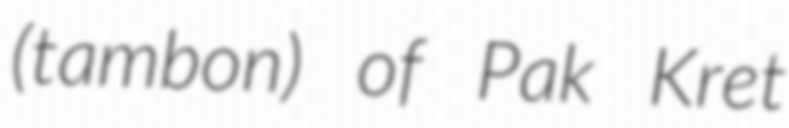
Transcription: (tambon) of Pak Kret